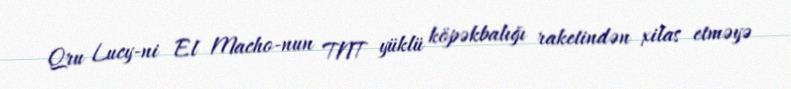
Qru Lucy-ni El Macho-nun TNT yüklü köpəkbalığı raketindən xilas etməyə